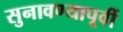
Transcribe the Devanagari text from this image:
सुनावण्यापूर्वी